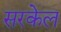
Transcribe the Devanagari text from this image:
सरकेल